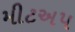
મીટઅપ